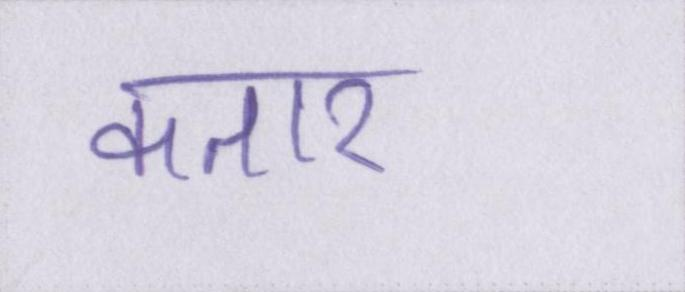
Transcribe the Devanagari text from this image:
कतार